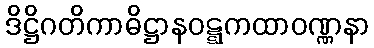
ဒိဋ္ဌိဂတိကာဓိဋ္ဌာနဝဋ္ဋကထာဝဏ္ဏနာ